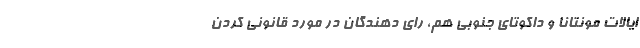
ایالات مونتانا و داکوتای جنوبی هم، رای دهندگان در مورد قانونی کردن